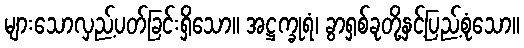
များသောလှည့်ပတ်ခြင်းရှိသော။ အဋ္ဌက္ခုရံ၊ ခွာရှစ်ခုတို့နှင့်ပြည့်စုံသော။